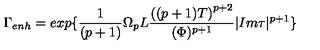
{ \Gamma } _ { e n h } = e x p \{ \frac { 1 } { ( p + 1 ) } { \Omega } _ { p } L \frac { { \left( ( p + 1 ) T \right) } ^ { p + 2 } } { ( { \Phi } ) ^ { p + 1 } } | I m { \tau } | ^ { p + 1 } \}